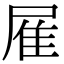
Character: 𨾈